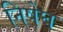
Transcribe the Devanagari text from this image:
निषेघ